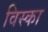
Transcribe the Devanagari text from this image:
विस्का